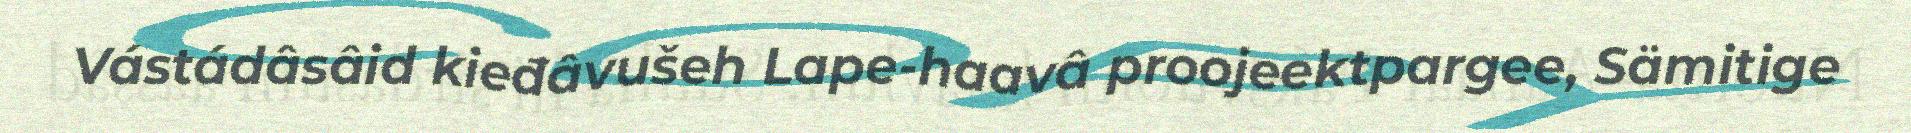
Vástádâsâid kieđâvušeh Lape-haavâ proojeektpargee, Sämitige